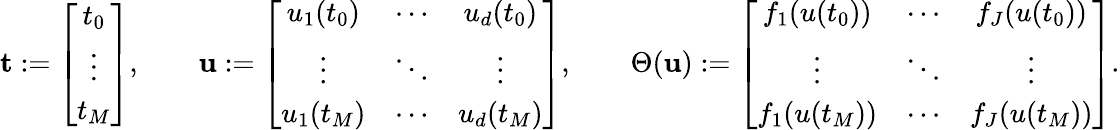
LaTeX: \begin{array}{ccc}{\mathbf{t}:=\left[\begin{array}{c}{t_{0}}\\ {\vdots}\\ {t_{M}}\end{array}\right],\phantom{\quad}}&{\mathbf{u}:=\left[\begin{array}{ccc}{u_{1}(t_{0})}&{\cdots}&{u_{d}(t_{0})}\\ {\vdots}&{\ddots}&{\vdots}\\ {u_{1}(t_{M})}&{\cdots}&{u_{d}(t_{M})}\end{array}\right],\phantom{\quad}}&{\Theta(\mathbf{u}):=\left[\begin{array}{ccc}{f_{1}(u(t_{0}))}&{\cdots}&{f_{J}(u(t_{0}))}\\ {\vdots}&{\ddots}&{\vdots}\\ {f_{1}(u(t_{M}))}&{\cdots}&{f_{J}(u(t_{M}))}\end{array}\right].}\end{array}